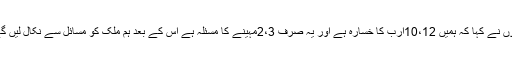
انہوں نے کہا کہ ہمیں 10،12ارب کا خسارہ ہے اور یہ صرف 2،3مہینے کا مسئلہ ہے اس کے بعد ہم ملک کو مسائل سے نکال لیں گے۔